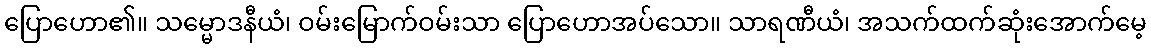
ပြောဟော၏။ သမ္မောဒနီယံ၊ ဝမ်းမြောက်ဝမ်းသာ ပြောဟောအပ်သော။ သာရဏီယံ၊ အသက်ထက်ဆုံးအောက်မေ့